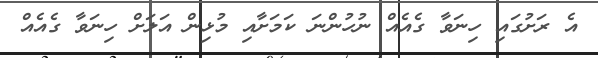
އެ ރަށުގައި ހިނަވާ ގެއެއް ނުހުންނަ ކަމަށާއި މުޅިން އަލަށް ހިނަވާ ގެއެއް